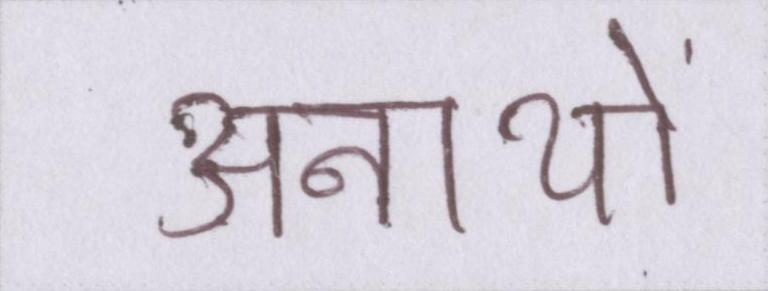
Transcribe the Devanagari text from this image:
अनाथों